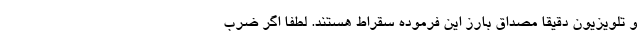
و تلویزیون دقیقا مصداق بارز این فرموده سقراط هستند. لطفا اگر ضرب